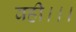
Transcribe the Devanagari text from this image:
वही।।।